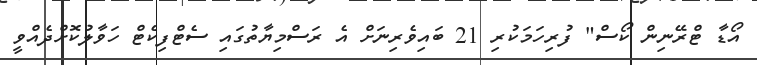
އޯޑާ ޓްރޭނިން ކޯސް" ފުރިހަމަކުރި 21 ބައިވެރިނަށް އެ ރަސްމިޔާތުގައި ސެޓްފިކެޓް ހަވާލުކޮށްދެއްވީ